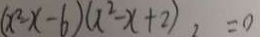
( x ^ { 2 } - x - 6 ) ( x ^ { 2 } - x + 2 ) , = 0